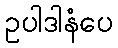
ဥပါဒါနံပေ